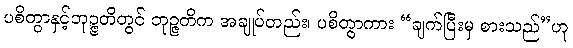
ပစိတွာနှင့်ဘုဉ္ဇတိတွင် ဘုဉ္ဇတိက အချုပ်တည်း၊ ပစိတွာကား “ချက်ပြီးမှ စားသည်”ဟု